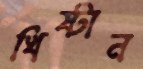
খিষ্টান